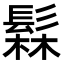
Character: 𬴫